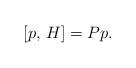
LaTeX: \begin{align*}[p, \, H] = P p.\end{align*}